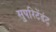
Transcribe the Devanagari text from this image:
सुपरिटेंडंट